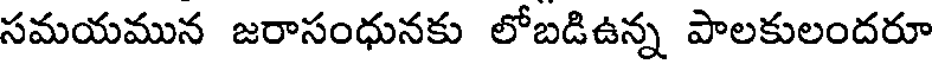
సమయమున జరాసంధునకు లోబడిఉన్న పాలకులందరూ